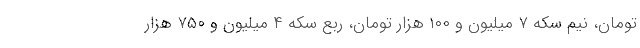
تومان، نیم سکه ۷ میلیون و ۱۰۰ هزار تومان، ربع سکه ۴ میلیون و ۷۵۰ هزار